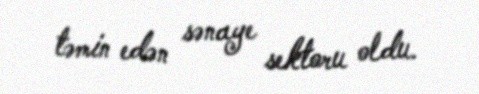
təmin edən sənaye sektoru oldu.